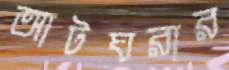
আটঘরার